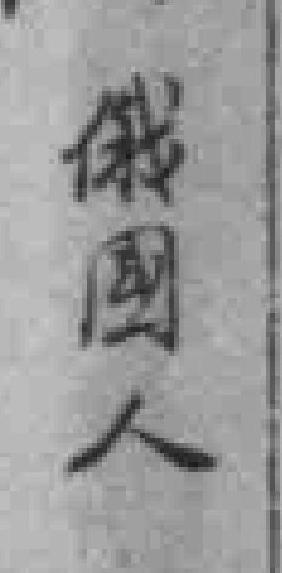
俄國人